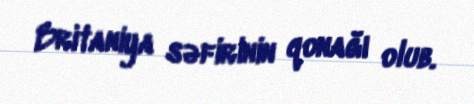
Britaniya səfirinin qonağı olub.